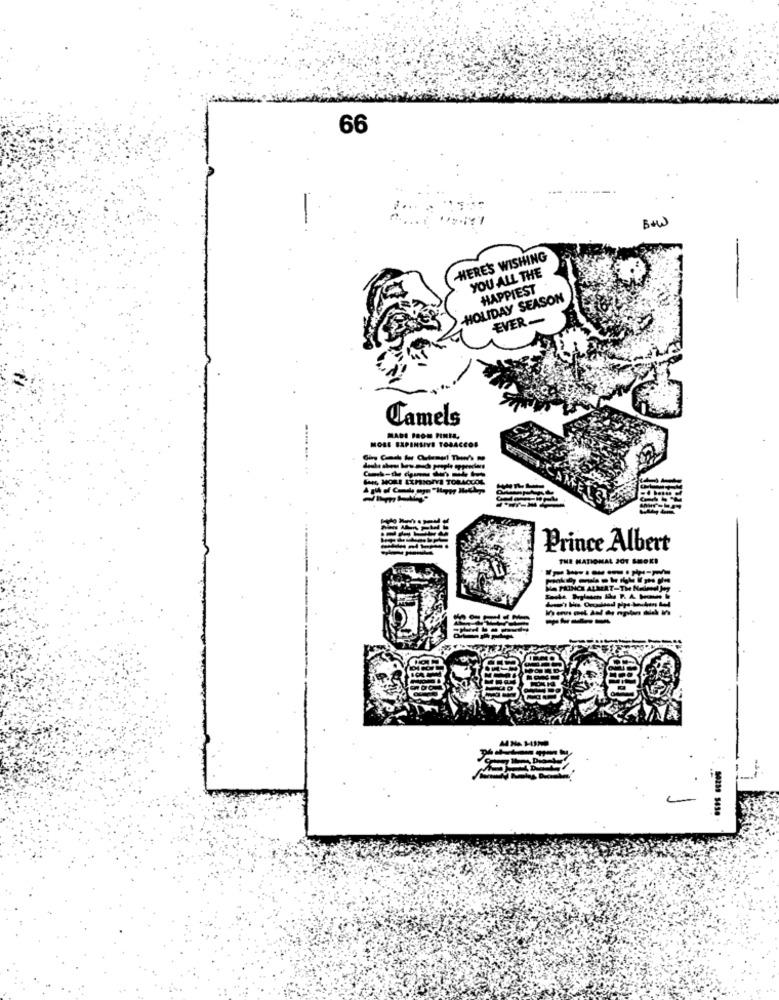
66
Bou
HERE'S WISHING
YOU ALL THE
HAPPIEST
HOLIDAY SEASON
EVER-
Camels
MORE EXPENSIVE TOBACCOS
Prince Albert
THE NATIONAL JOT BOOK!
MA PRINCE ALMERT-TH NelAnd Jeg
----